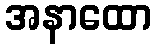
အနာထော